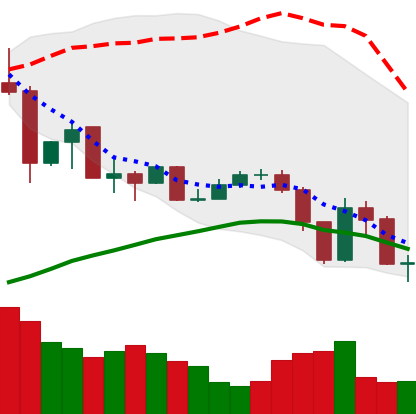
Ticker: XLM-USD
Chart end date: 2019-07-15
Forward return: 9.968%
Label: up_7plus